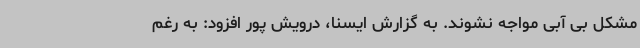
مشکل بی آبی مواجه نشوند. به گزارش ایسنا، درویش پور افزود: به رغم